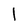
Character: l